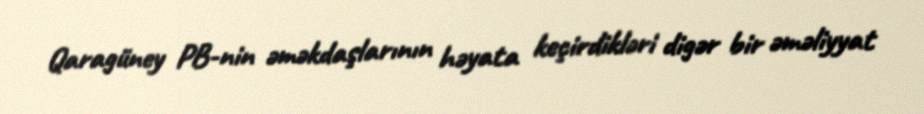
Qaragüney PB-nin əməkdaşlarının həyata keçirdikləri digər bir əməliyyat